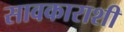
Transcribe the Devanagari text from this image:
सावकाराशी